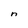
Character: n